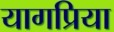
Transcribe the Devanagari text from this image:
यागप्रिया